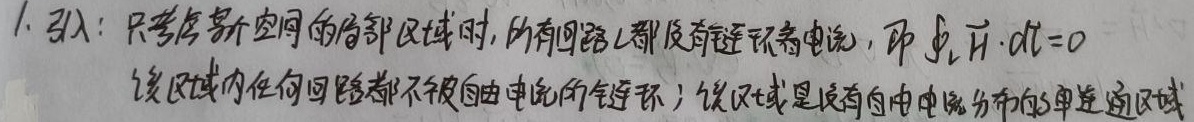
1. 引入：只考虑某个空间的局部区域时，所有回路$L$都没有链环着电流，即
\[\oint_{L}\vec{H}\cdot d\vec{l}=0\]。该区域内任何回路都不被自由电流所链环；该区域是没有自由电流分布的单连通区域。